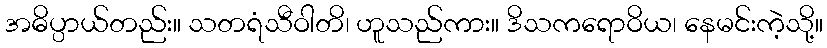
အဓိပ္ပာယ်တည်း။ သတရံသီဝါတိ၊ ဟူသည်ကား။ ဒိသကရောဝိယ၊ နေမင်းကဲ့သို့။